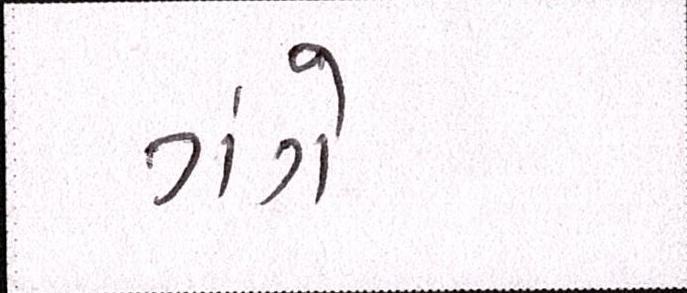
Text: ગંગે